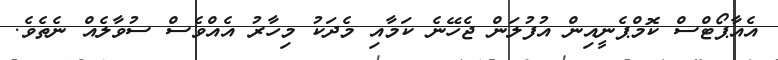
އެއާޕޯޓްސް ކޮމްޕެނީއިން އުފުލަން ޖެހޭނެ ކަމާއި މެދަކު މިހާރު އެއްވެސް ސުވާލެއް ނެތެވެ.